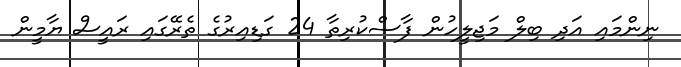
ނިންމައި އަދި ބިލް މަޖިލީހުން ފާސްކުރިތާ 24 ގަޑިއިރުގެ ތެރޭގައި ރައީސް ޔާމީން